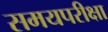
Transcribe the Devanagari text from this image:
समयपरीक्षा